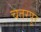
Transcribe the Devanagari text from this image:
चतरपुर